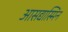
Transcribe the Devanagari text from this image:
आसद्यास्मिन